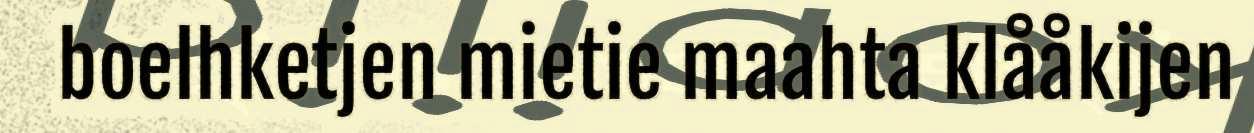
boelhketjen mietie maahta klååkijen